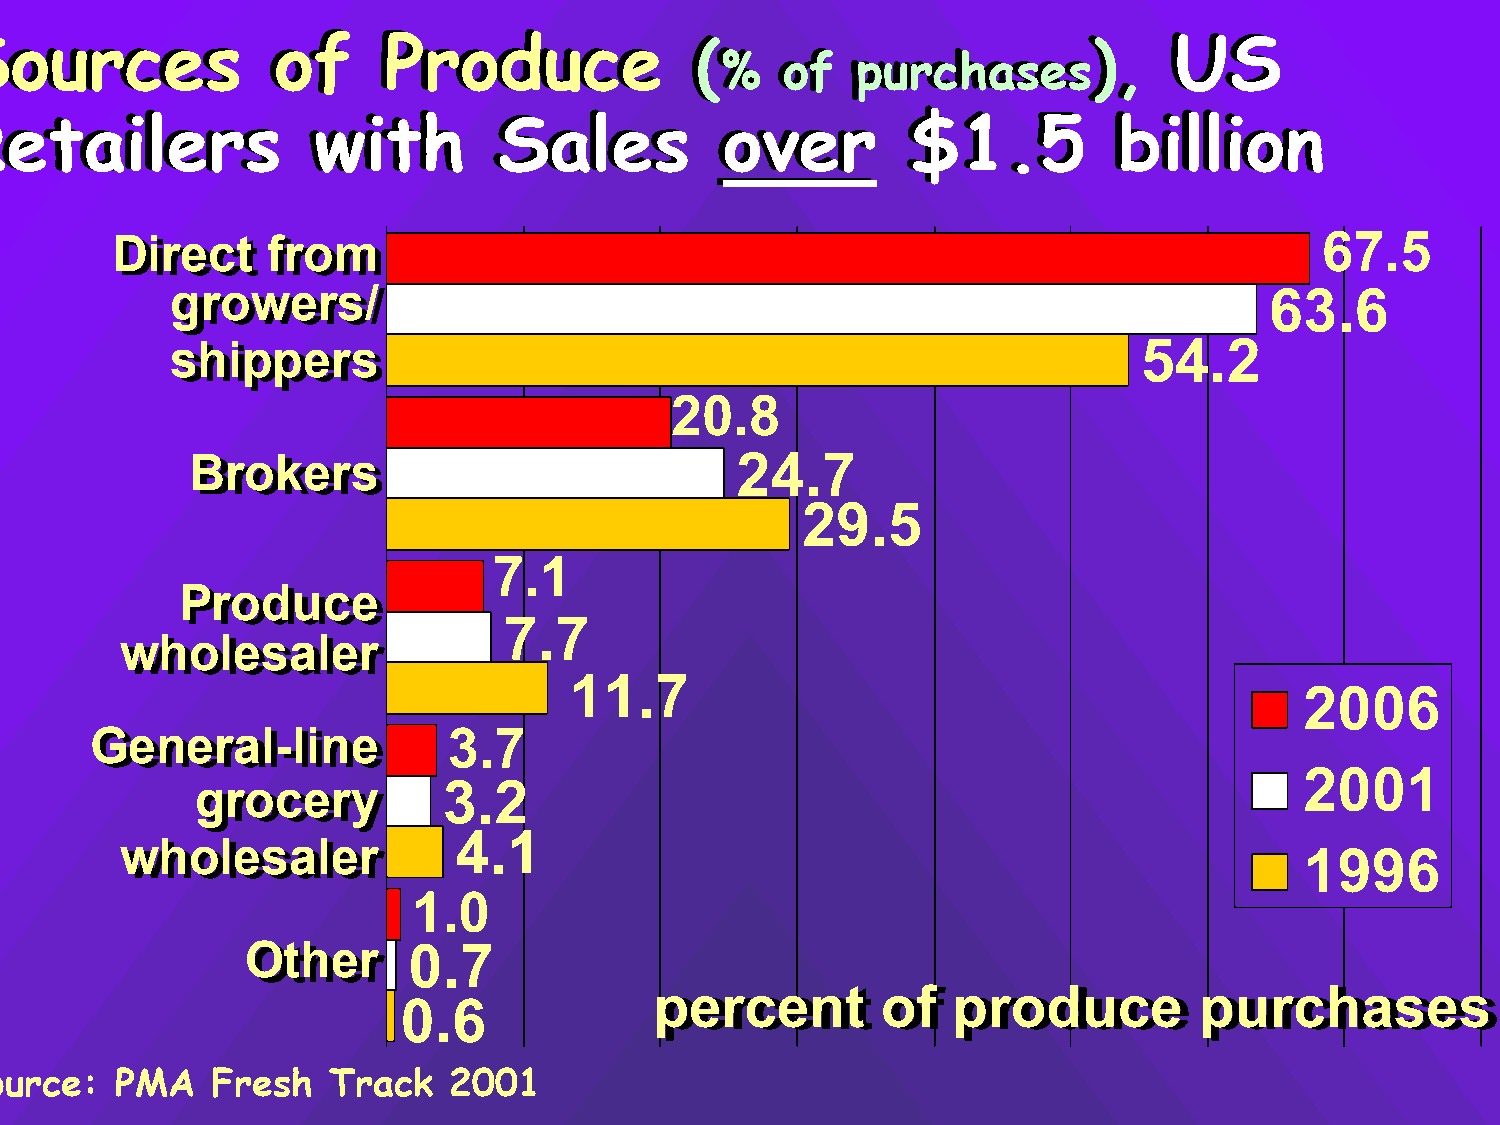
SSoouurrcceess       ooff   PPrroodduuccee       ((                        )),, UUSS
 %%  ooff ppuurrcchhaasseess
 RReettaaiilleerrss     wwiitthh     SSaalleess    oovveerr     $$11..55      bbiilllliioonn
 DDiirreecctt ffrroomm                                                           67.5
 ggrroowweerrss//                                                         63.6
 sshhiippppeerrss                                                54.2
 20.8
 BBrrookkeerrss                      24.7
 29.5
 7.1
 PPrroodduuccee
 7.7
 wwhhoolleessaalleerr
 11.7
 2006
 GGeenneerraall--lliinnee 3.7
 2001
 ggrroocceerryy  3.2
 4.1
 wwhhoolleessaalleerr
 1996
 1.0
 OOtthheerr 0.7
 ppeerrcceenntt ooff pprroodduuccee  ppuurrcchhaasseess
 0.6
 Source:    PMA   Fresh   Track   2001